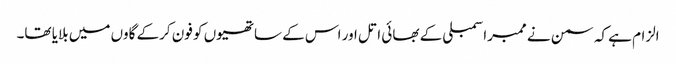
الزام ہے کہ سمن نے ممبراسمبلی کے بھائی اتل اور اس کے ساتھیوں کو فون کرکے گاوں میں بلایا تھا۔